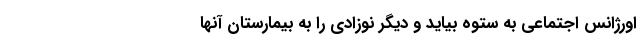
اورژانس اجتماعی به ستوه بیاید و دیگر نوزادی را به بیمارستان آنها